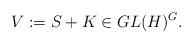
LaTeX: \begin{align*}V:=S+K\in GL(H)^G.\end{align*}